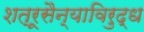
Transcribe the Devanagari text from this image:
शत्रूसैन्याविरुद्ध